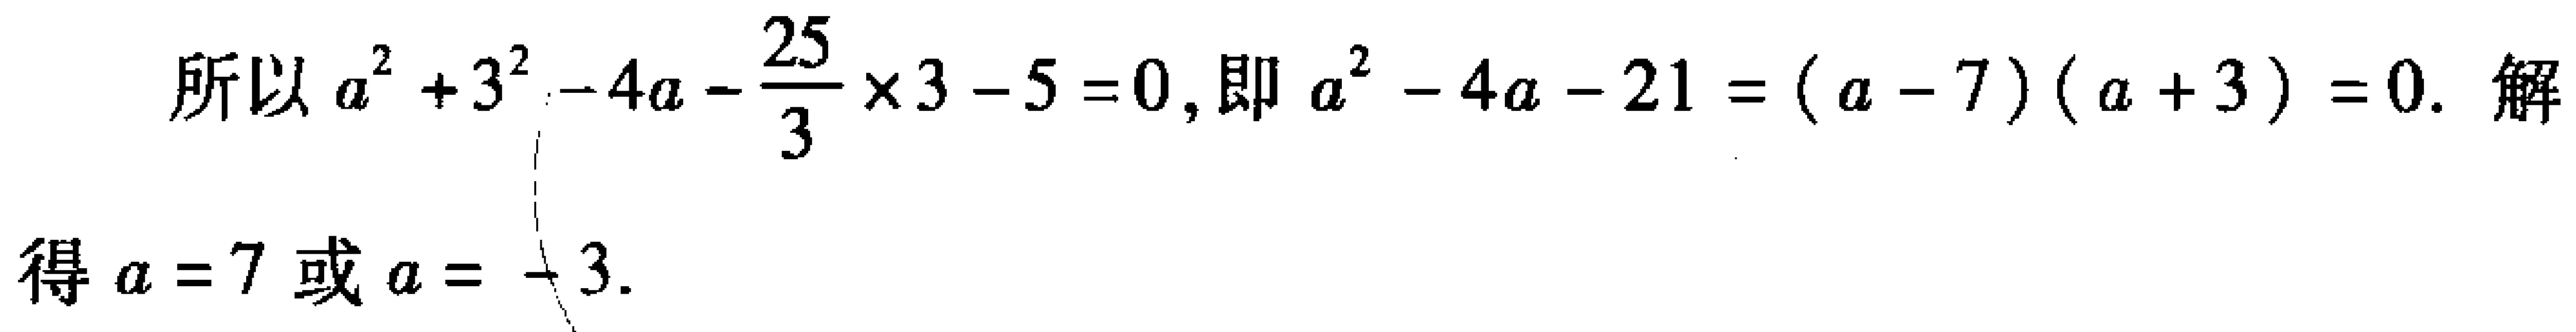
所以 \(a^{2}+3^{2}-4a - \frac{25}{3}\times3 - 5 = 0\), 即 \(a^{2}-4a - 21=(a - 7)(a + 3)=0\). 解
得 \(a = 7\) 或 \(a=-3\).